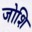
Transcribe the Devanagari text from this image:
जोशि